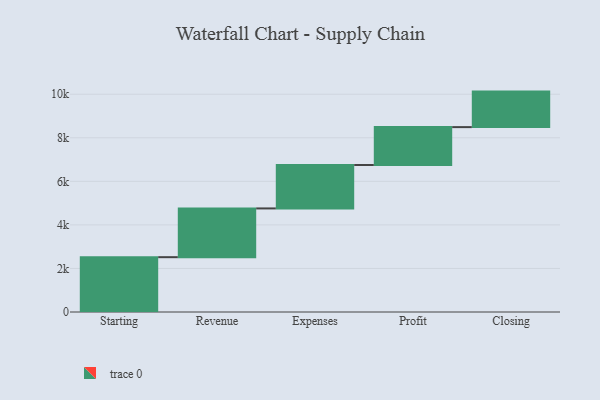
{"axis": {"x": "Step", "y": "Value"}, "legend": [""], "data": [{"x": "Starting", "y": 2517.0, "type": ""}, {"x": "Revenue", "y": 2239.0, "type": ""}, {"x": "Expenses", "y": 1993.0, "type": ""}, {"x": "Profit", "y": 1740.0, "type": ""}, {"x": "Closing", "y": 1631.0, "type": ""}]}